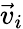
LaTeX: \vec{v}_{i}